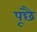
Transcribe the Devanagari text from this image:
पूंछै